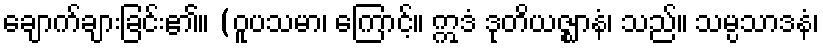
ချောက်ချားခြင်း၏။ (ဝူပသမာ၊ ကြောင့်။ ဣဒံ ဒုတိယဇ္ဈာနံ၊ သည်။ သမ္ပသာဒနံ၊